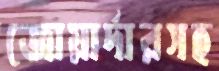
জোয়ার্দারসহ